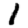
Digit: 1